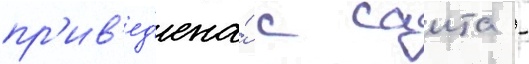
пр'ив'ед'ена́ с саита -